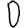
Digit: 0